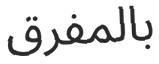
بالمفرق